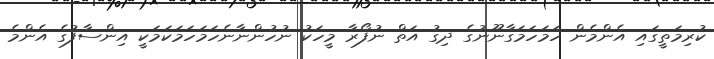
ކުރިމަތީގައި އެންމެން ހަމަހަމަގާނޫނުގެ ދިގު އަތް ނުފޯރާ މީހަކު ނުހުންނާނެހަމަހަމަކަމަކީ އިންސާފުގެ އެންމެ